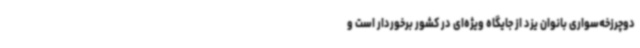
دوچرزخه‌سواری بانوان یزد از جایگاه ویژه‌ای در کشور برخوردار است و